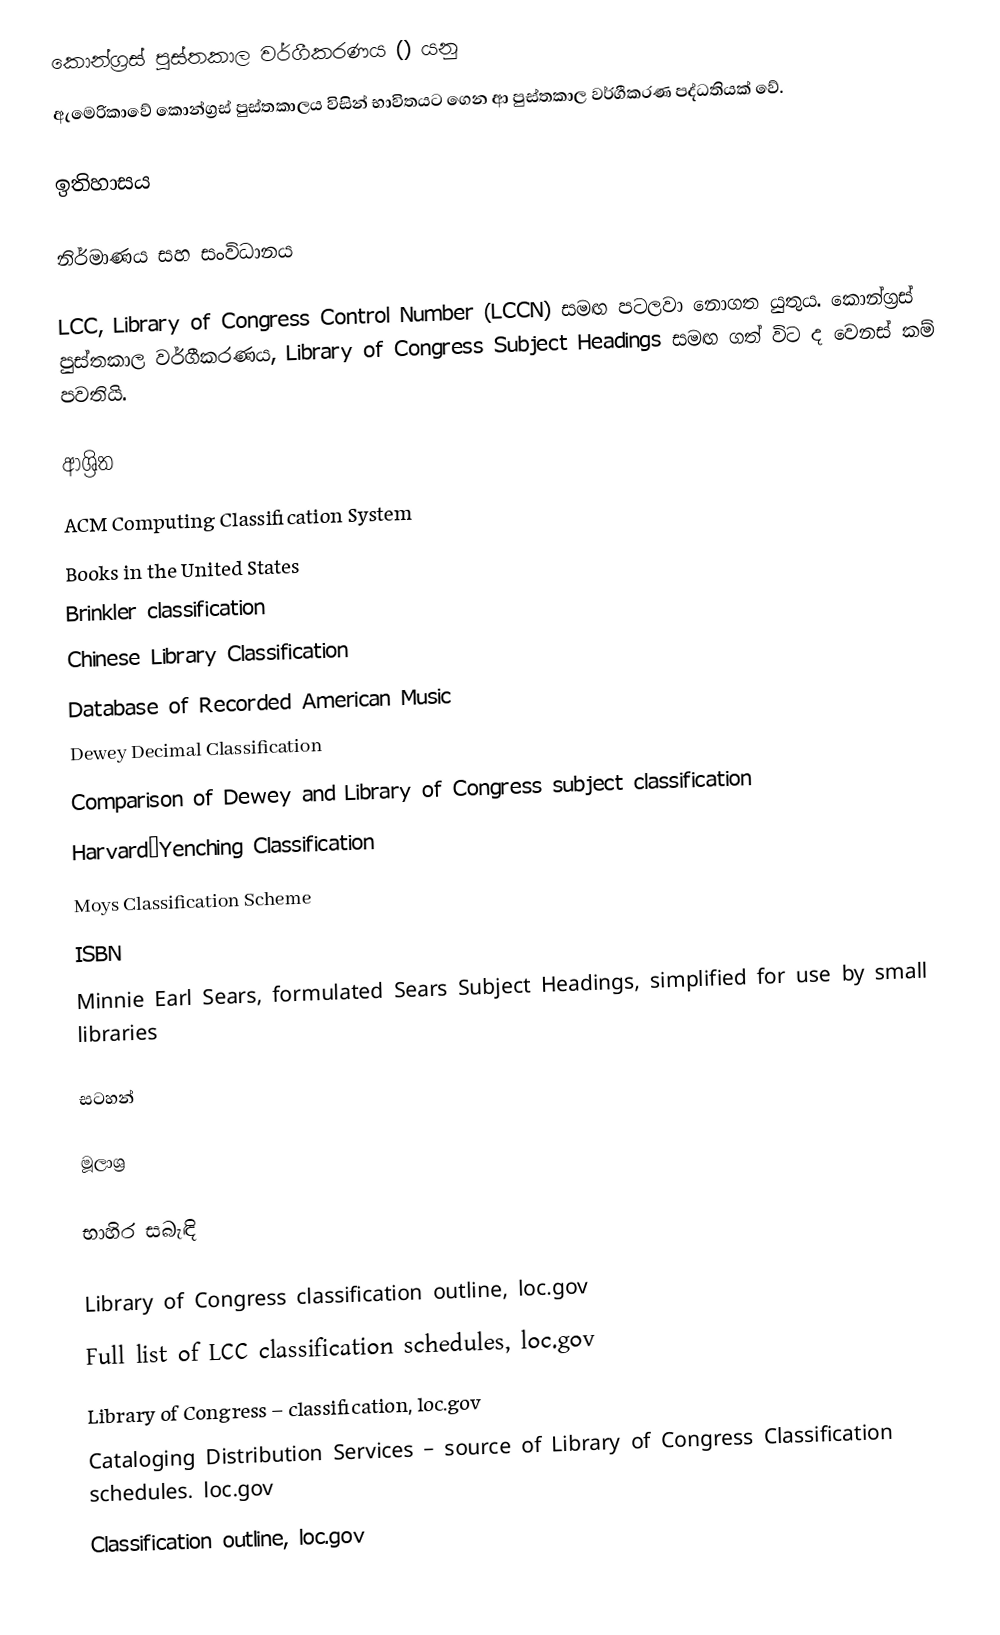
කොන්ග්‍රස් පුස්තකාල වර්ගීකරණය () යනු
ඇමෙරිකාවේ කොන්ග්‍රස් පුස්තකාලය විසින් භාවිතයට ගෙන ආ පුස්තකාල වර්ගීකරණ පද්ධතියක් වේ.

ඉතිහාසය

නිර්මාණය සහ සංවිධානය

LCC, Library of Congress Control Number (LCCN) සමඟ පටලවා නොගත යුතුය. කොන්ග්‍රස් පුස්තකාල වර්ගීකරණය, Library of Congress Subject Headings සමඟ ගත් විට ද වෙනස් කම් පවතියි.

ආශ්‍රිත
 ACM Computing Classification System
 Books in the United States
 Brinkler classification
 Chinese Library Classification
 Database of Recorded American Music
 Dewey Decimal Classification
 Comparison of Dewey and Library of Congress subject classification
 Harvard–Yenching Classification
 Moys Classification Scheme
 ISBN
 Minnie Earl Sears, formulated Sears Subject Headings, simplified for use by small libraries

සටහන්

මූලාශ්‍ර

භාහිර සබැඳි

 Library of Congress classification outline, loc.gov
 Full list of LCC classification schedules, loc.gov
 Library of Congress – classification, loc.gov
 Cataloging Distribution Services – source of Library of Congress Classification schedules. loc.gov
 Classification outline, loc.gov